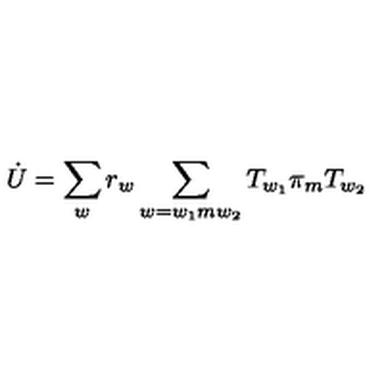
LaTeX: \dot { U } = \sum _ { w } r _ { w } \sum _ { w = w _ { 1 } m w _ { 2 } } T _ { w _ { 1 } } \pi _ { m } T _ { w _ { 2 } }